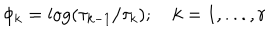
\phi _ { k } = \log ( \tau _ { k - 1 } / \tau _ { k } ) ; \quad k = 1 , . . . , r